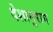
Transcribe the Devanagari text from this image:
देशानुराग